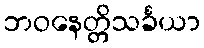
ဘဝနေတ္တိသင်္ခယာ